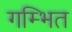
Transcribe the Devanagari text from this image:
गम्भित